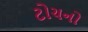
ટોચનો